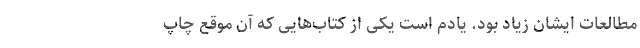
مطالعات‌ ایشان زیاد بود. یادم است یکی از کتاب‌هایی که آن موقع چاپ